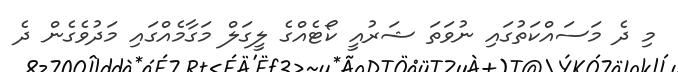
މި ދެ މަަސައްކަތުގައި ނުވަތަ ޝަރުއީ ކޯޓެއްގެ ލީގަލް މަގާމެއްގައި މަދުވެގެން ދެ